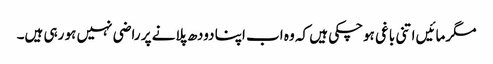
مگرمائیں اتنی باغی ہوچکی ہیں کہ وہ اب اپنا دودھ پلانے پر راضی نہیں ہو رہی ہیں۔